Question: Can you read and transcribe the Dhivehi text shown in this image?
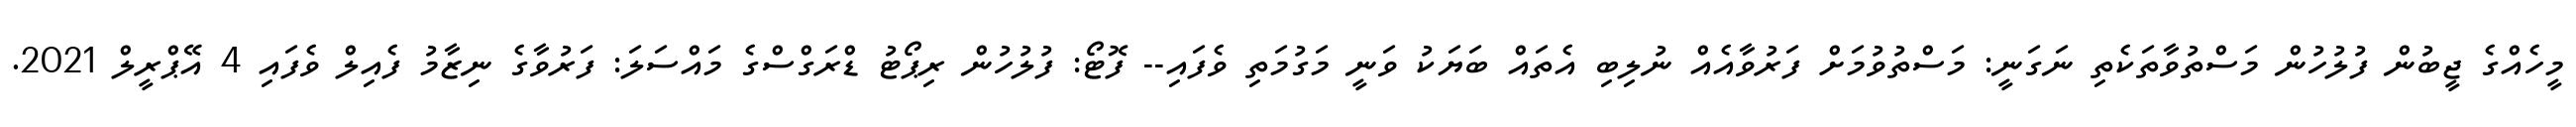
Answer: މީހެއްގެ ޖީބުން ފުލުހުން މަސްތުވާތަކެތި ނަގަނީ: މަސްތުވުމަށް ފަރުވާއެއް ނުލިބި އެތައް ބަޔަކު ވަނީ މަގުމަތި ވެފައި-- ފޮޓޯ: ފުލުހުން ރިޕޯޓު ޑްރަގްސްގެ މައްސަލަ: ފަރުވާގެ ނިޒާމު ފެއިލް ވެފައި 4 އޭޕްރީލް 2021.